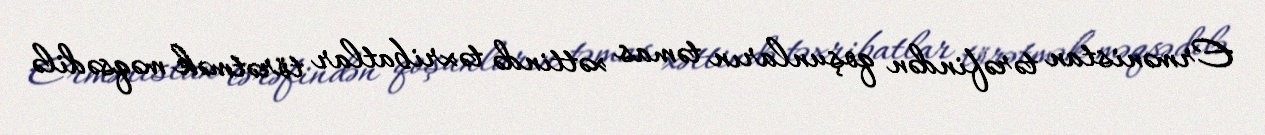
Ermənistan tərəfindən qoşunların təmas xəttində təxribatlar törətmək məqsədilə